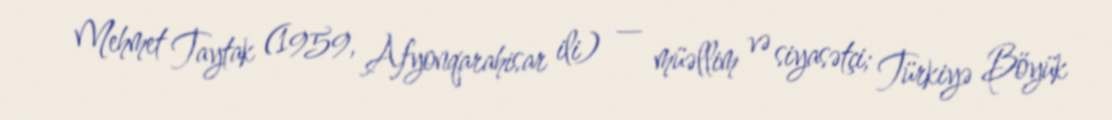
Mehmet Taytak (1959, Afyonqarahisar ili) — müəllim və siyasətçi; Türkiyə Böyük